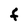
Character: F